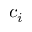
c _ { i }